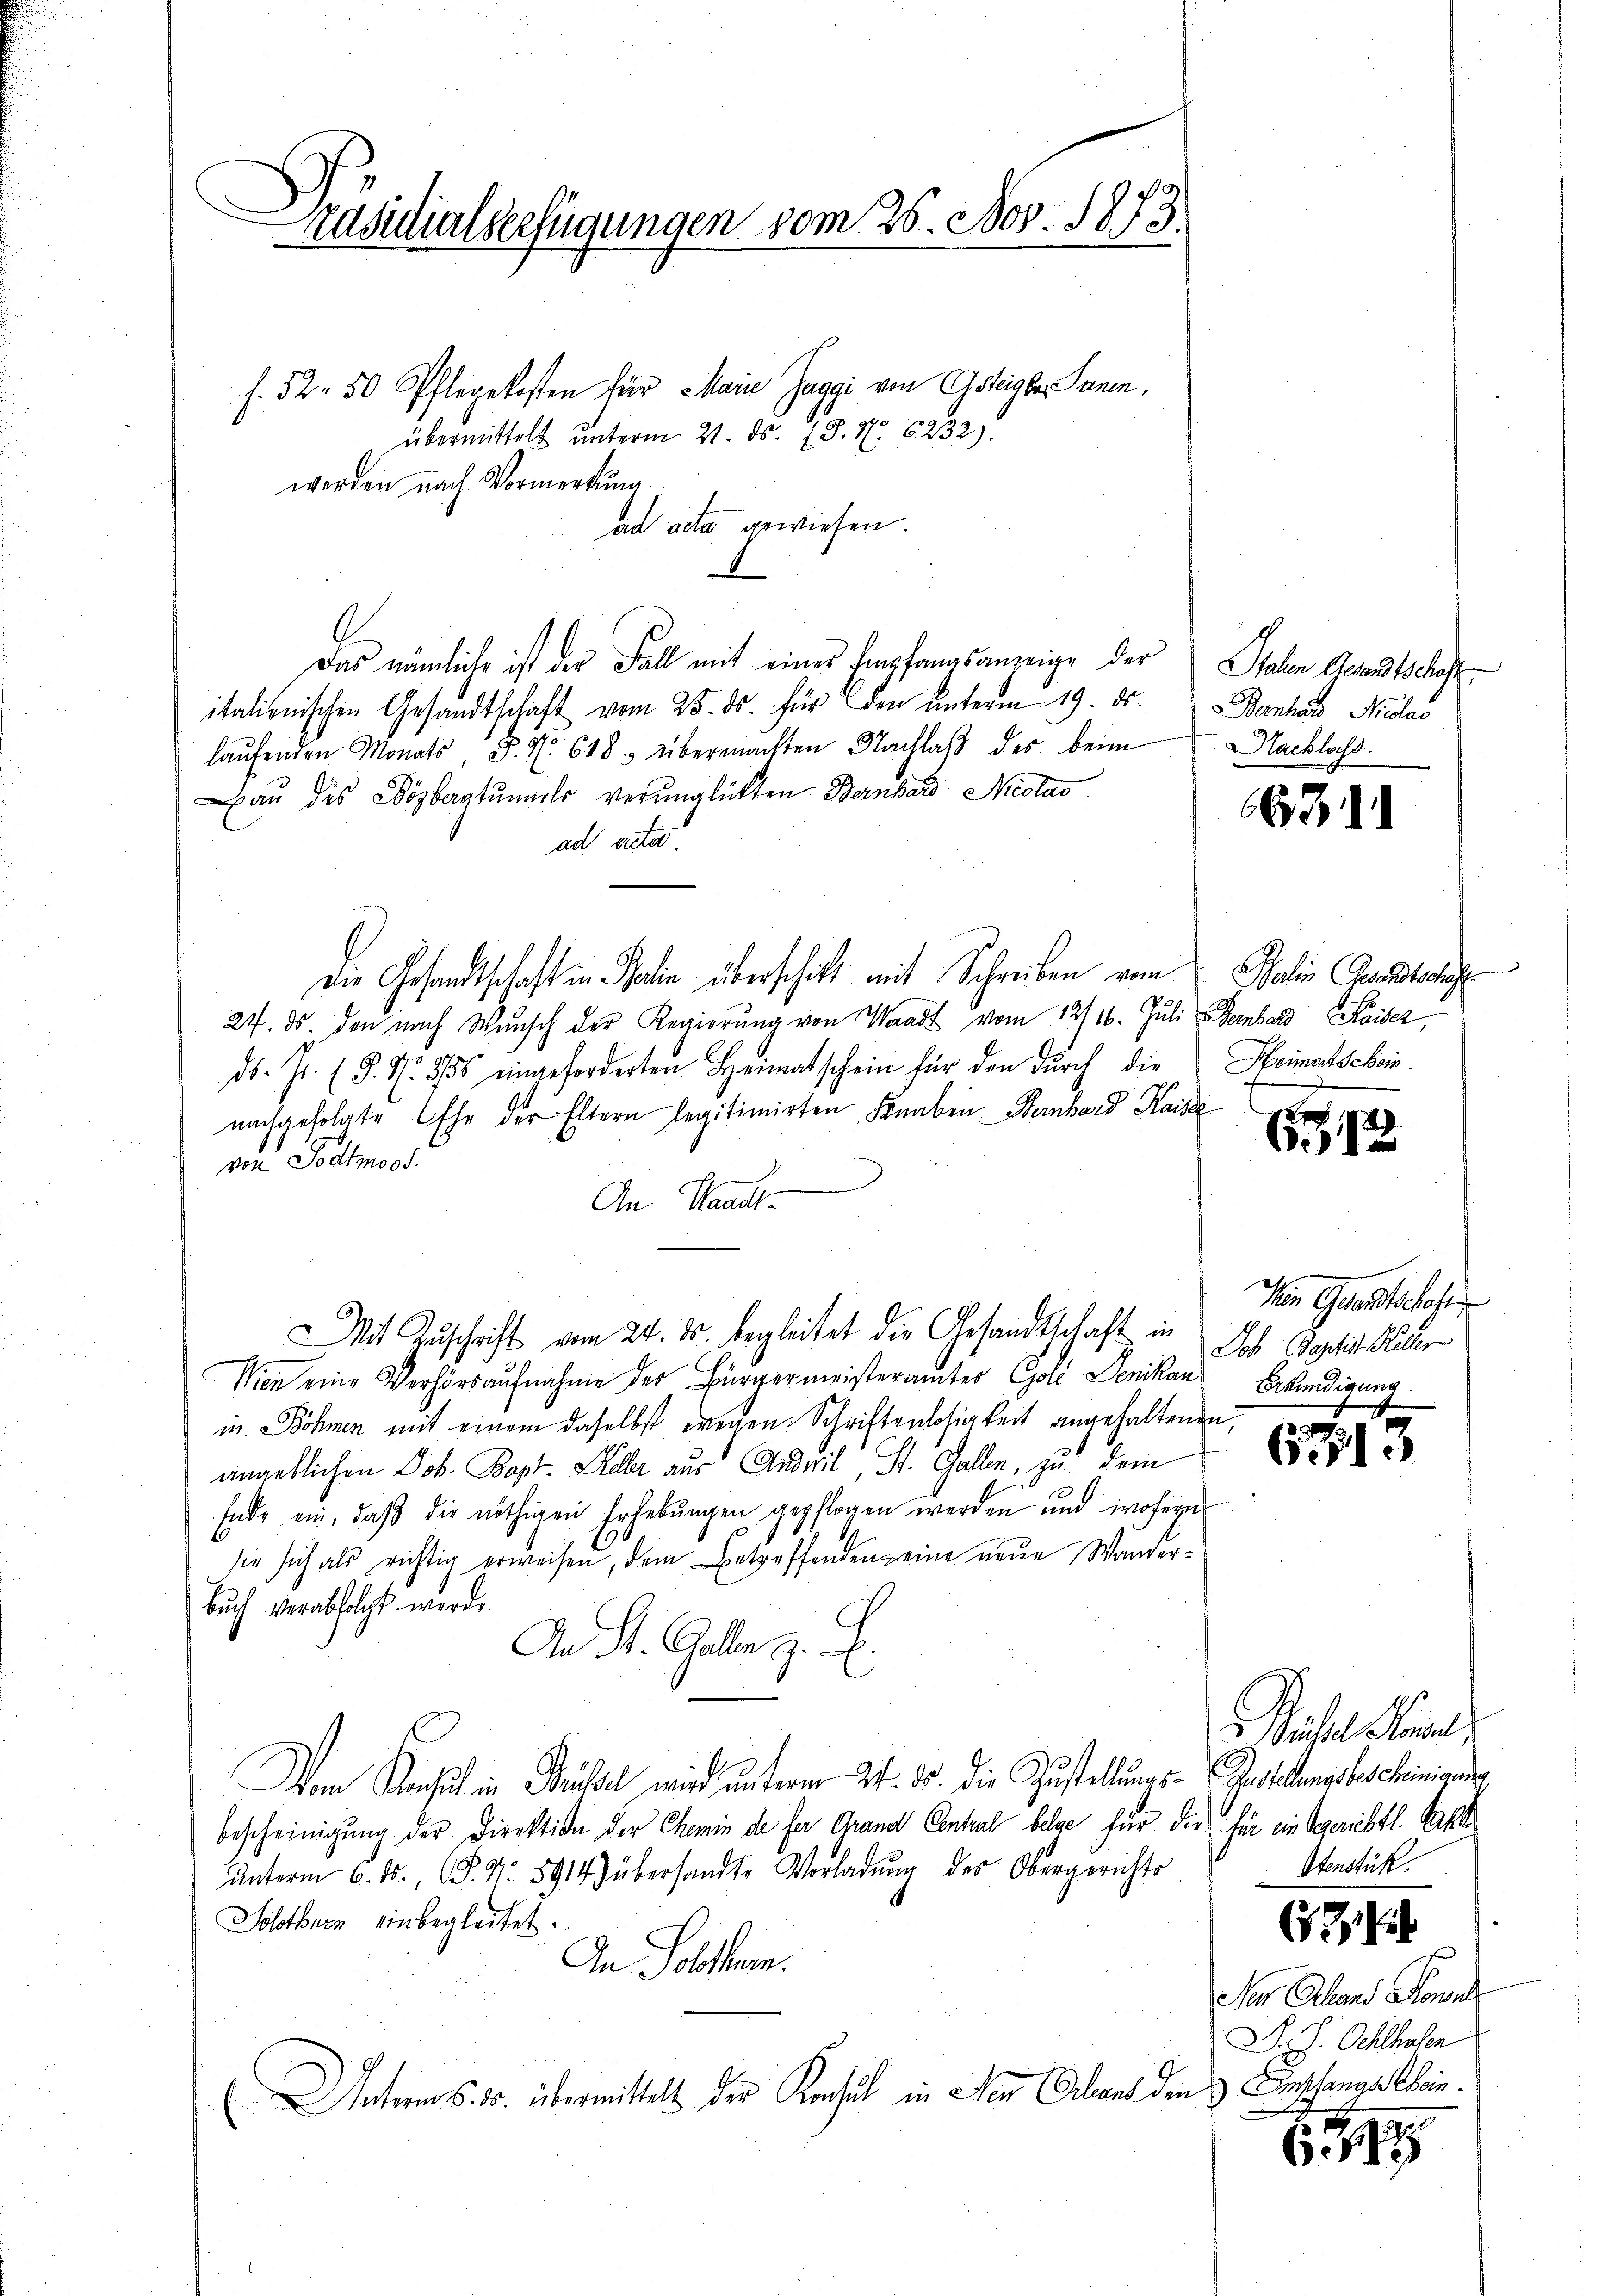
n
Präsidialserfügungen vom 26. Nov. 1873.

f. 52. 50 Pflegekosten für Marie Zaggi von Gsteigber. Sanen,
übermittelt unterm 21. ds. S. N. 6232).
werden nach Vormerkung
ad acta gewiesen
G
Das nämliche ist der Fall mit einer Empfangsanzeige der Stalen Gesandtschaft
italienischen Gesandtschaft vom 25. ds. für den unterm 19. ds. Bernhaus Nicolas
laŭfenden Monats, S. Nr. 618. übermachten Nachlaβ des beim Nachlass
Bau des Dosbergtŭmels verunglückten Bernhard Niclas
ad unter
Die Gesandtschaft in Salien überschickt mit Schreiben vom Balin Gesandtsches
27. ds. den nach Wunsch der Regierŭng von Waadt vom 12/16. Juli Bernhard Kaiser,
d. Js. (§. N. 556 eingeforderten Heimatschein für den durch die Heimatscheinnachgefolgte Ehe der Eltern legitimirten Knaben Bernhard Kaise
von Solltmess
An Waadt
Mit Zuschrift vom 24. ds. begleitet die Gesandtschaft in
Wien eine Verhörsaufnahme der Bürgermeisteramter Gold Senikan
in Böhmen mit einem daselbst wegen Schriftenlosigkeit angehaltenen,
angeblichen Job. Bapt. Keller aus Andril, St. Gallen, zu dem
Ende ein, daß die nöthigen Erhebungen gepflogen werden und wofern
sie sich als richtig erweisen, dem Betreffenden eine neue Wanderbuch verabfolgt werde.
An St. Galle z. E.
Wem Konsul in Brüssel wird unterm 24. ds. die Zustellungs-Gesellensbescheinan
Bescheinigung der Direktion der Chemin de ser Grand Central belge für die für ein Sagerichtl. Takt
ŭnterm 6. ds. (T. N. 8914) übersandte Vorladŭng des Obergerichts
Solothurn, einbegleitet.
An Solothurn.
Unterm 15. 35. übermittelt der Konsul in der Erland den

66711

e
1

Von Gesandtschofe
Job. Baptis Keller
Erkündigung.
2

6.113

2

2

29

Basel Kein
Stenstük

Ne Gland Sonnl
D. J. Ochthalen
Empfangs bein.